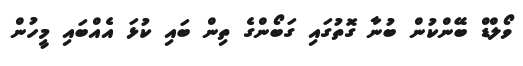
ވޯލްޑް ބޭންކުން ބުނާ ގޮތުގައި ގަބޯންގެ ތިން ބައި ކުޅަ އެއްބައި މީހުން